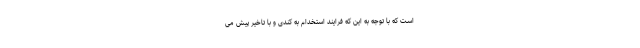
است که با توجه به این که فرایند استخدام به کندی و با تاخیر پیش می